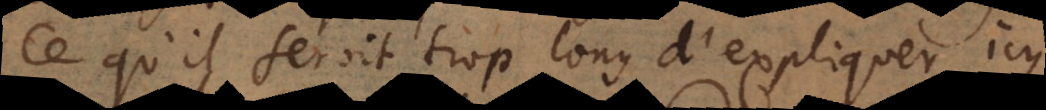
Ce qu’il seroit trop long d’expliquer icy.